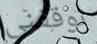
توقفني